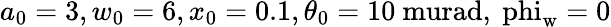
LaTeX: a_{0}=3,w_{0}=6,x_{0}=0.1,\theta_{0}=10\mathrm{{\ murad},\ phi_{w}=0}